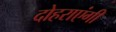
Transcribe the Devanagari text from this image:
दोहराएंगी